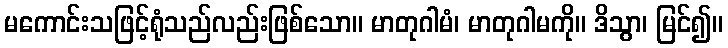
မကောင်းသဖြင့်ရုံသည်လည်းဖြစ်သော။ မာတုဂါမံ၊ မာတုဂါမကို။ ဒိသွာ၊ မြင်၍။